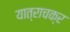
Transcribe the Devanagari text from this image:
यात्राचक्र